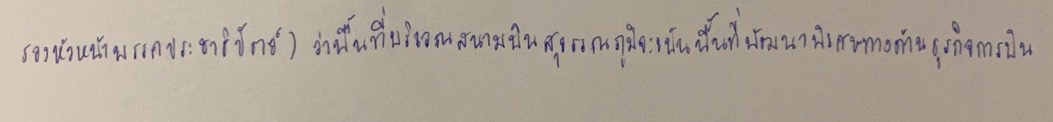
รองหัวหน้าพรรคประชาธิปัตย์)ว่าพื้นที่บริเวณสนามบินสุวรรณภูมิจะเป็นพื้นที่พัฒนาพิเศษทางด้านธุรกิจการบิน